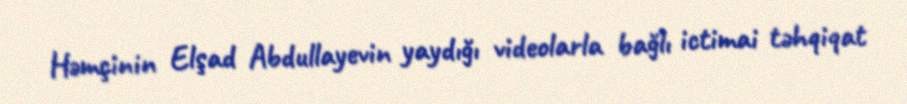
Həmçinin Elşad Abdullayevin yaydığı videolarla bağlı ictimai təhqiqat